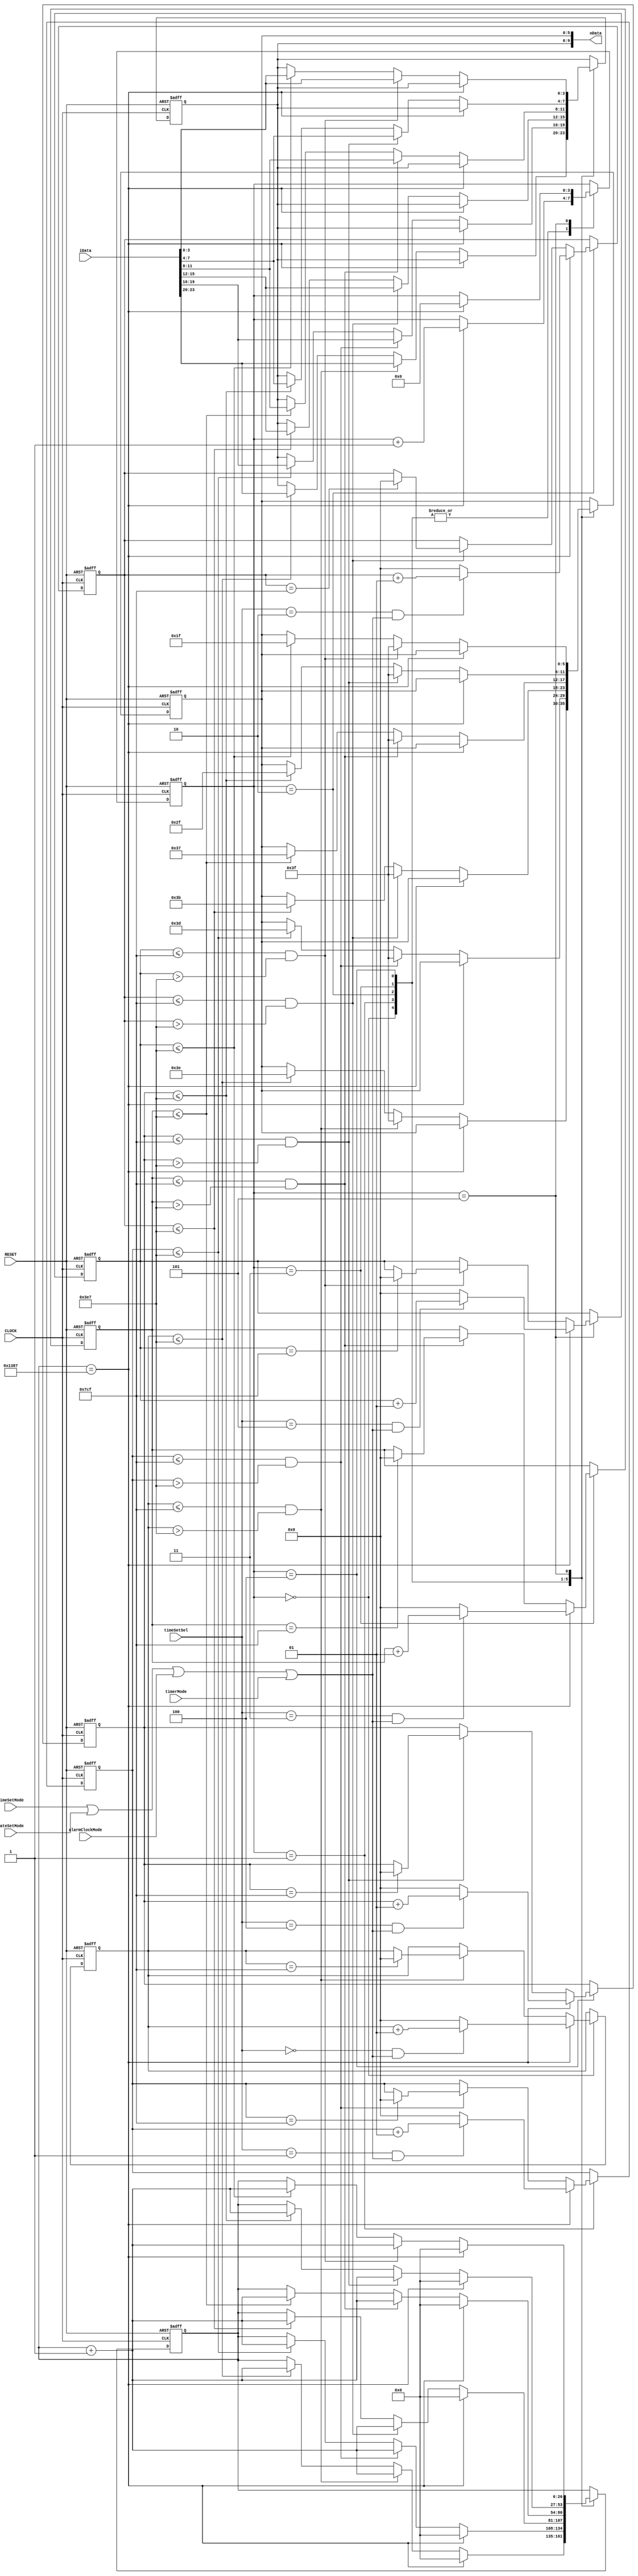
`timescale 1ns / 1ps
//////////////////////////////////////////////////////////////////////////////////
// Company: 
// Engineer: 
// 
// Design Name: 
// Module Name:    smg_funcmod 
// Project Name: 
// Target Devices: 
// Tool versions: 
// Description: 
//
// Dependencies: 
//
// Revision: 
// Revision 0.01 - File Created
// Additional Comments: 
//
//////////////////////////////////////////////////////////////////////////////////
module smg_funcmod
(
    input CLOCK, RESET,
	 input timeSetMode,
	 input dateSetMode,
	 input alarmClockMode,
	 input timerMode,
	 input [23:0]iData,
	 input [2:0] timeSetSel,
	 output [9:0]oData
);
	 parameter T100US = 13'd5000;
	 
	 
	 reg [3:0]i;
	 reg [26:0]C1;
	 reg [3:0]D1;
	 reg [5:0]D2;
	 integer flag, flag1, flag2, flag3, flag4, flag5;
	 
	 always @ ( posedge CLOCK or negedge RESET )
	     if( !RESET )
		      begin
		          i <= 4'd0;
					 C1 <= 26'd0;
			    	 D1 <= 4'd0;
					 D2 <= 6'b111_110;
					 flag <= 0;
					 flag1 <= 0;
					 flag2 <= 0;
					 flag3 <= 0;
					 flag4 <= 0;
					 flag5 <= 0;
				end
		  else 
		      case( i )
				
				    0:
					 if( C1 == T100US -1 ) begin C1 <= 26'd0; i <= i + 1'b1; if (timeSetSel == 3'd0 && (timeSetMode || dateSetMode || alarmClockMode || timerMode)) flag <= flag + 1; else flag <= 1'b0; end
				    else
					 begin
						if (flag <= 1000 - 1)
						begin 
							C1 <= C1 + 1'b1; D1 <= iData[23:20];D2 <= 6'b111_110;
						end
					   if (flag <= 2000 - 1 && flag > 1000 - 1) begin C1 <= C1 + 1'b1; D1 <= iData[23:20];D2 <= 6'b111_111; if (flag == 2000 - 1) flag <= 1'b0; end
					 end
					 1:
					 if( C1 == T100US -1 ) begin C1 <= 26'd0; i <= i + 1'b1; if (timeSetSel == 3'd1 && (timeSetMode || dateSetMode || alarmClockMode || timerMode)) flag1 <= flag1 + 1; else flag1 <= 1'b0; end
				    else 
					 begin 
						if (flag1 <= 1000 - 1) begin C1 <= C1 + 1'b1; D1 <= iData[19:16]; D2 <= 6'b111_101; end
						if (flag1 <= 2000 - 1 && flag1 > 1000 - 1) begin C1 <= C1 + 1'b1; D1 <= iData[19:16]; D2 <= 6'b111_111; if (flag1 == 2000 - 1) flag1 <= 1'b0; end
					 end
					 
					 2:
					 if( C1 == T100US -1 ) begin C1 <= 26'd0; i <= i + 1'b1; if (timeSetSel == 3'd2 && (timeSetMode || dateSetMode || alarmClockMode || timerMode)) flag2 <= flag2 + 1; else flag2 <= 1'b0; end
				    else 
					 begin 
						if (flag2 <= 1000 - 1) begin C1 <= C1 + 1'b1; D1 <= iData[15:12]; D2 <= 6'b111_011; end
						if (flag2 <= 2000 - 1 && flag2 > 1000 - 1) begin C1 <= C1 + 1'b1; D1 <= iData[15:12]; D2 <= 6'b111_111; if (flag2 == 2000 - 1) flag2 <= 1'b0; end
					 end
					 
					 3:
					 if( C1 == T100US -1 ) begin C1 <= 26'd0; i <= i + 1'b1; if (timeSetSel == 3'd3 && (timeSetMode || dateSetMode || alarmClockMode || timerMode)) flag3 <= flag3 + 1; else flag3 <= 1'b0; end
				    else 
					 begin 
						if (flag3 <= 1000 - 1) begin C1 <= C1 + 1'b1; D1 <= iData[11:8]; D2 <= 6'b110_111; end
						if (flag3 <= 2000 - 1 && flag3 > 1000 - 1) begin C1 <= C1 + 1'b1; D1 <= iData[11:8]; D2 <= 6'b111_111; if (flag3 == 2000 - 1) flag3 <= 1'b0; end
					 end
					 
					 4:
					 if( C1 == T100US -1 ) begin C1 <= 26'd0; i <= i + 1'b1; if (timeSetSel == 3'd4 && (timeSetMode || dateSetMode || alarmClockMode || timerMode)) flag4 <= flag4 + 1; else flag4 <= 1'b0; end
				    else 
					 begin 
						if (flag4 <= 1000 - 1) begin C1 <= C1 + 1'b1; D1 <= iData[7:4]; D2 <= 6'b101_111; end
						if (flag4 <= 2000 - 1 && flag4 > 1000 - 1) begin C1 <= C1 + 1'b1; D1 <= iData[7:4]; D2 <= 6'b111_111; if (flag4 == 2000 - 1) flag4 <= 1'b0; end
					 end
					 
					 5:
					 if( C1 == T100US -1 ) begin C1 <= 26'd0; i <= 4'd0; if (timeSetSel == 3'd5 && (timeSetMode || dateSetMode || alarmClockMode || timerMode)) flag5 <= flag5 + 1; else flag5 <= 1'b0; end
				    else 
					 begin 
						if (flag5 <= 1000 - 1) begin C1 <= C1 + 1'b1; D1 <= iData[3:0]; D2 <= 6'b011_111; end
						if (flag5 <= 2000 - 1 && flag5 > 1000 - 1 ) begin C1 <= C1 + 1'b1; D1 <= iData[3:0]; D2 <= 6'b111_111; if (flag5 == 2000 - 1) flag5 <= 1'b0; end
					 end
					 
				endcase
	 

	
	 assign oData = {D1,D2};
	 
endmodule